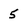
Character: 5